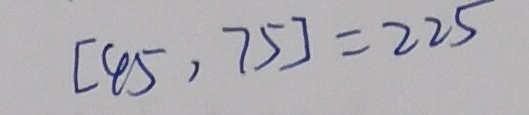
[ 4 5 , 7 5 ] = 2 2 5